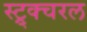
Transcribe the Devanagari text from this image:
स्ट्र्क्चरल